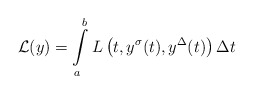
\begin{align*}\mathcal{L}(y)=\int\limits_{a}^{b}L\left(t,y^{\sigma}(t),y^{\Delta}(t)\right)\Delta t\end{align*}